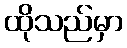
ထိုသည်မှာ